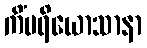
ကိံပရိယောသာနာ